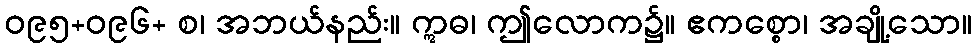
ဝ၉၅+ဝ၉၆+ စ၊ အဘယ်နည်း။ ဣဓ၊ ဤလောက၌။ ဧကစ္စော၊ အချို့သော။